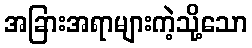
အခြားအရာများကဲ့သို့သော